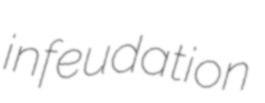
infeudation